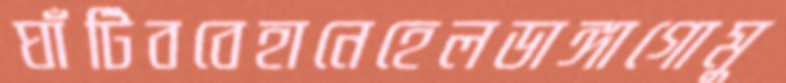
ঘাঁটিববেহানেহেলডাঙ্গাগোমু